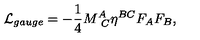
{ \cal L } _ { g a u g e } = - { \frac { 1 } { 4 } } M _ { \ C } ^ { A } \eta ^ { B C } F _ { A } F _ { B } ,